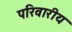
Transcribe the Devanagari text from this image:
परिवारीय